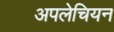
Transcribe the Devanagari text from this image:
अपलेचियन